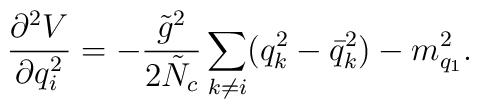
\frac{\partial^2 V}{\partial q_i^2}=-\frac{\tilde{g}^2}{2 \tilde{N}_c} \sum_{k \neq i} (q_k^2-\bar{q}_k^2)-m_{q_1}^2.